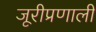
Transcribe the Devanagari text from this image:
जूरीप्रणाली